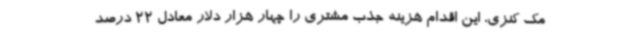
مک کنزی، این اقدام هزینه جذب مشتری را چهار هزار دلار معادل 22 درصد